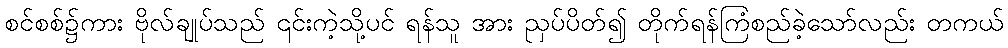
စင်စစ်၌ကား ဗိုလ်ချုပ်သည် ၎င်းကဲ့သို့ပင် ရန်သူ အား ညှပ်ပိတ်၍ တိုက်ရန်ကြံစည်ခဲ့သော်လည်း တကယ်